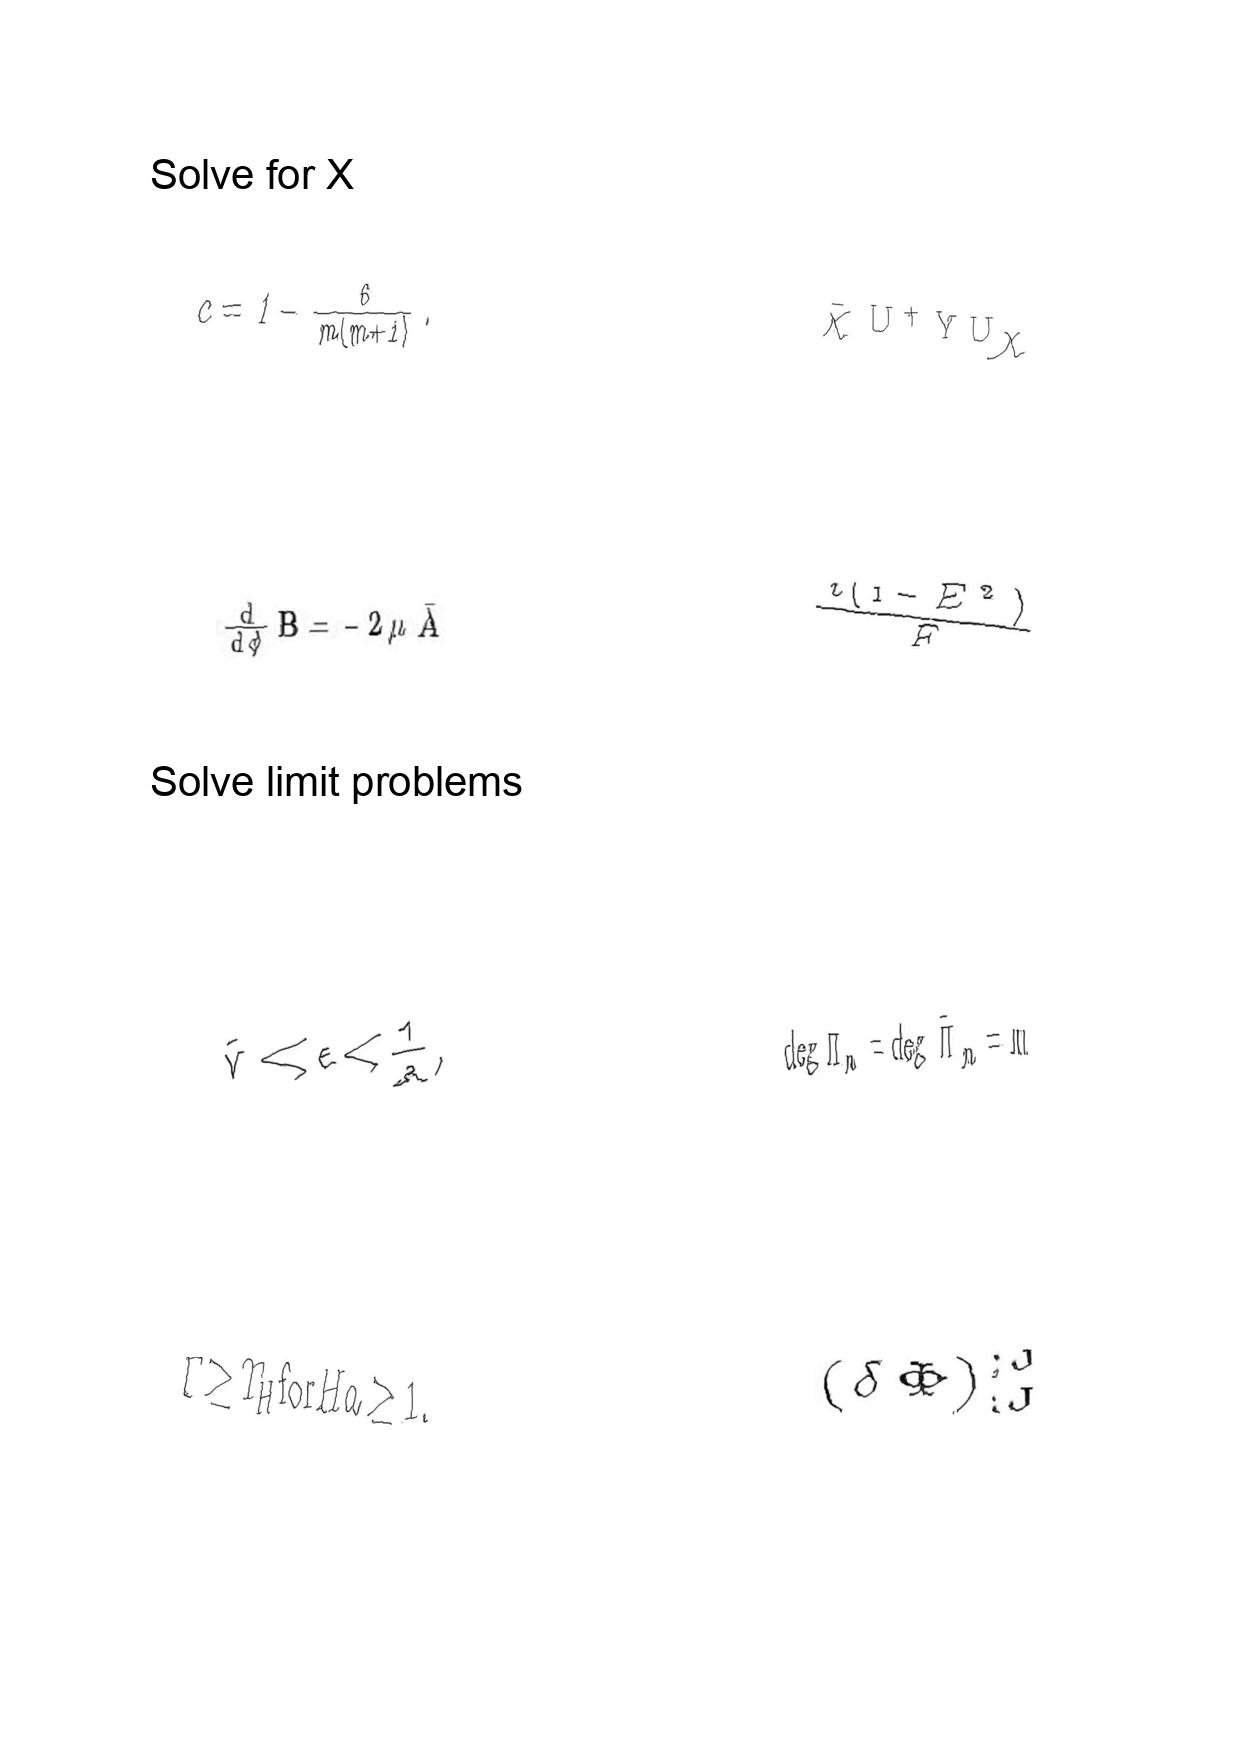
LaTeX transcription:
c = 1 - \frac { 6 } { m \lparen m + 1 \rparen } .
\frac { d } { d \phi } B = - 2 \mu \bar { A }
\tilde { v } \ll \epsilon \lt \frac { 1 } { a } ,
T \geq T _ { H } \mathrm { f o r } H a \geq 1 .
\bar { \chi } U ^ { \dag } Y U \chi
\frac { i \lparen 1 - E ^ { 2 } \rparen } { F }
\deg \Pi _ { m } = \deg \tilde { \Pi } _ { m } = m
\lparen \delta \Phi \rparen _ { ; J } ^ { ; J }